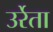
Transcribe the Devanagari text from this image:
उर्रेता